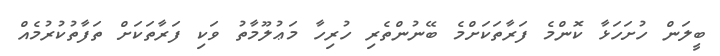
ބީލަން ހުށަހަޅާ ކޮންމެ ފަރާތަކަށްމެ ބޭނުންތެރި ހުރިހާ މަޢުލޫމާތު ވަކި ފަރާތަކަށް ތަފާތުކުރުމެއް